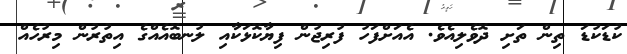
ކުޑަކުޑަ ތިން ތަށި ދޮވެލިއެވެ. އެއަށްފަހު ފުރިޖުން ފިޔާކޮޅަކާއި ލުނބޮއެއްގެ އިތުރުން މިރުހެއް